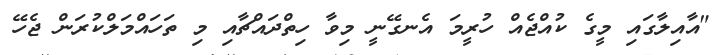
"އާއިލާގައި މީގެ ކުއްޖެއް ހުރީމަ އެނގޭނީ މިވާ ހިތްދައްޗާއި މި ތަހައްމަލްކުރަން ޖެހޭ